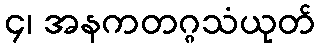
၄၊ အနကတဂ္ဂသံယုတ်